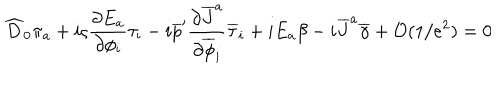
\widehat { D } _ { 0 } \pi _ { a } + i \varsigma { \frac { \partial E _ { a } } { \partial \phi _ { i } } } \tau _ { i } - i \overline { { { p } } } ^ { \prime } { \frac { \partial \overline { { { J } } } ^ { a } } { \partial \overline { { { \phi } } } _ { i } } } \overline { { { \tau } } } _ { i } + i E _ { a } \beta - i \overline { { { J } } } ^ { a } \overline { { { \gamma } } } + { \cal O } ( 1 / e ^ { 2 } ) = 0